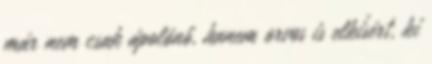
már nem csak ápolónő, hanem orvos is elkísért, ki